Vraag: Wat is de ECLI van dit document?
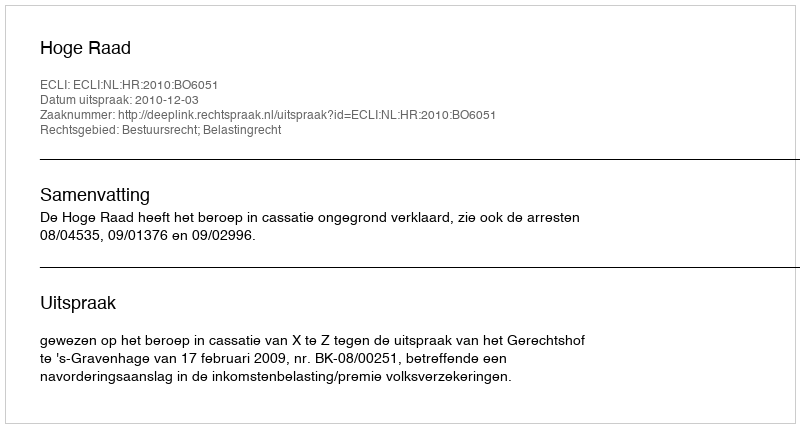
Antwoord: ECLI:NL:HR:2010:BO6051